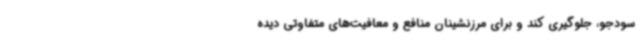
سودجو، جلوگیری کند و برای مرزنشینان منافع و معافیت‌های متفاوتی دیده